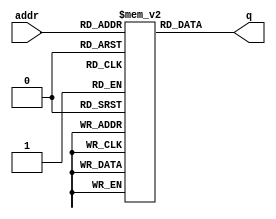
module top_module(
	input	[2:0] addr,
	output	[3:0]	q
);
    reg [3:0]mem [7:0];
    initial begin
        mem[0] = 4'd0;
        mem[1] = 4'd1;
        mem[2] = 4'd2;
        mem[3] = 4'd3;
        mem[4] = 4'd4;
        mem[5] = 4'd5;
        mem[6] = 4'd6;
        mem[7] = 4'd7;
    end
    assign q = mem[addr];
endmodule